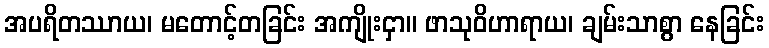
အပရိတဿာယ၊ မတောင့်တခြင်း အကျိုးငှာ။ ဖာသုဝိဟာရာယ၊ ချမ်းသာစွာ နေခြင်း